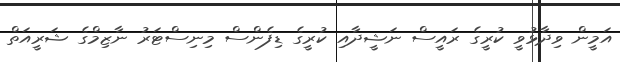
އަމީން ވިދާޅުވީ ކުރީގެ ރައީސް ނަޝީދާއި ކުރީގެ ޑިފެންސް މިނިސްޓަރު ނާޒިމްގެ ޝަރީއަތް